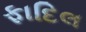
ફાદિલ